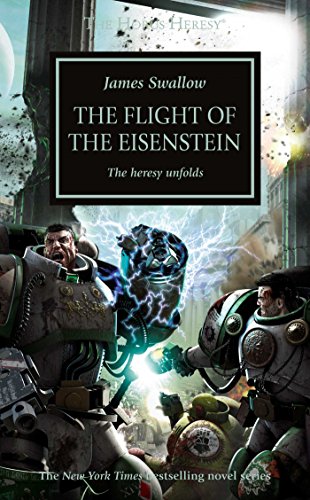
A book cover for Flight of the Eisenstein (The Horus Heresy); James Swallow; Science Fiction & Fantasy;